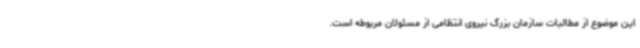
این موضوع از مطالبات سازمان بزرگ نیروی انتظامی از مسئولان مربوطه است.